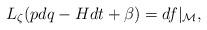
LaTeX: \begin{align*}L_{\zeta}(pdq-Hdt+\beta)=df\vert_\mathcal M,\end{align*}